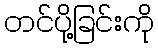
တင်ပို့ခြင်းကို